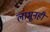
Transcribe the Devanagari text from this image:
लाभूनही